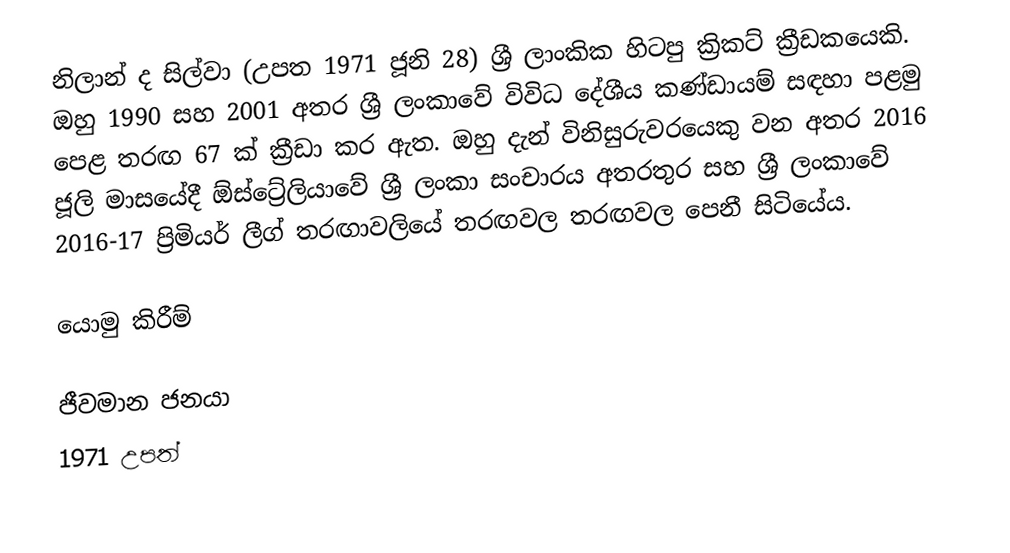
නිලාන් ද සිල්වා (උපත 1971 ජූනි 28) ශ්‍රී ලාංකික හිටපු ක්‍රිකට් ක්‍රීඩකයෙකි. ඔහු 1990 සහ 2001 අතර ශ්‍රී ලංකාවේ විවිධ දේශීය කණ්ඩායම් සඳහා පළමු පෙළ තරඟ 67 ක් ක්‍රීඩා කර ඇත. ඔහු දැන් විනිසුරුවරයෙකු වන අතර 2016 ජූලි මාසයේදී ඕස්ට්‍රේලියාවේ ශ්‍රී ලංකා සංචාරය අතරතුර සහ ශ්‍රී ලංකාවේ 2016-17 ප්‍රිමියර් ලීග් තරඟාවලියේ තරඟවල තරඟවල පෙනී සිටියේය.

යොමු කිරීම්

ජීවමාන ජනයා
1971 උපත්